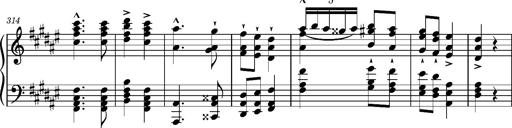
Title: Magyar rapszÃ³diÃ¡k
Composer: Franz Liszt